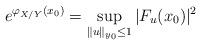
LaTeX: \begin{align*}e^{\varphi_{X/Y}(x_0)}= \sup_{\Vert u\Vert_{y_0}\leq 1} |F_u (x_0)|^2\end{align*}